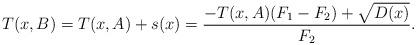
LaTeX: \begin{align*}T(x,B)=T(x,A)+s(x)=\frac{-T(x,A)(F_{1}-F_{2})+\sqrt{D(x)}}{F_{2}}.\end{align*}